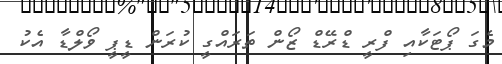
މެގަ ޕޯޓަކާއި ފްރީ ޑްރޭޑް ޒޯން ތަރައްގީ ކުރަން ޑީޕީ ވޯލްޑާ އެކު